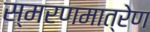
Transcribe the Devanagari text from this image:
स्मरणमात्रेण